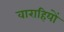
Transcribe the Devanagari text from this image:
वाराहियों